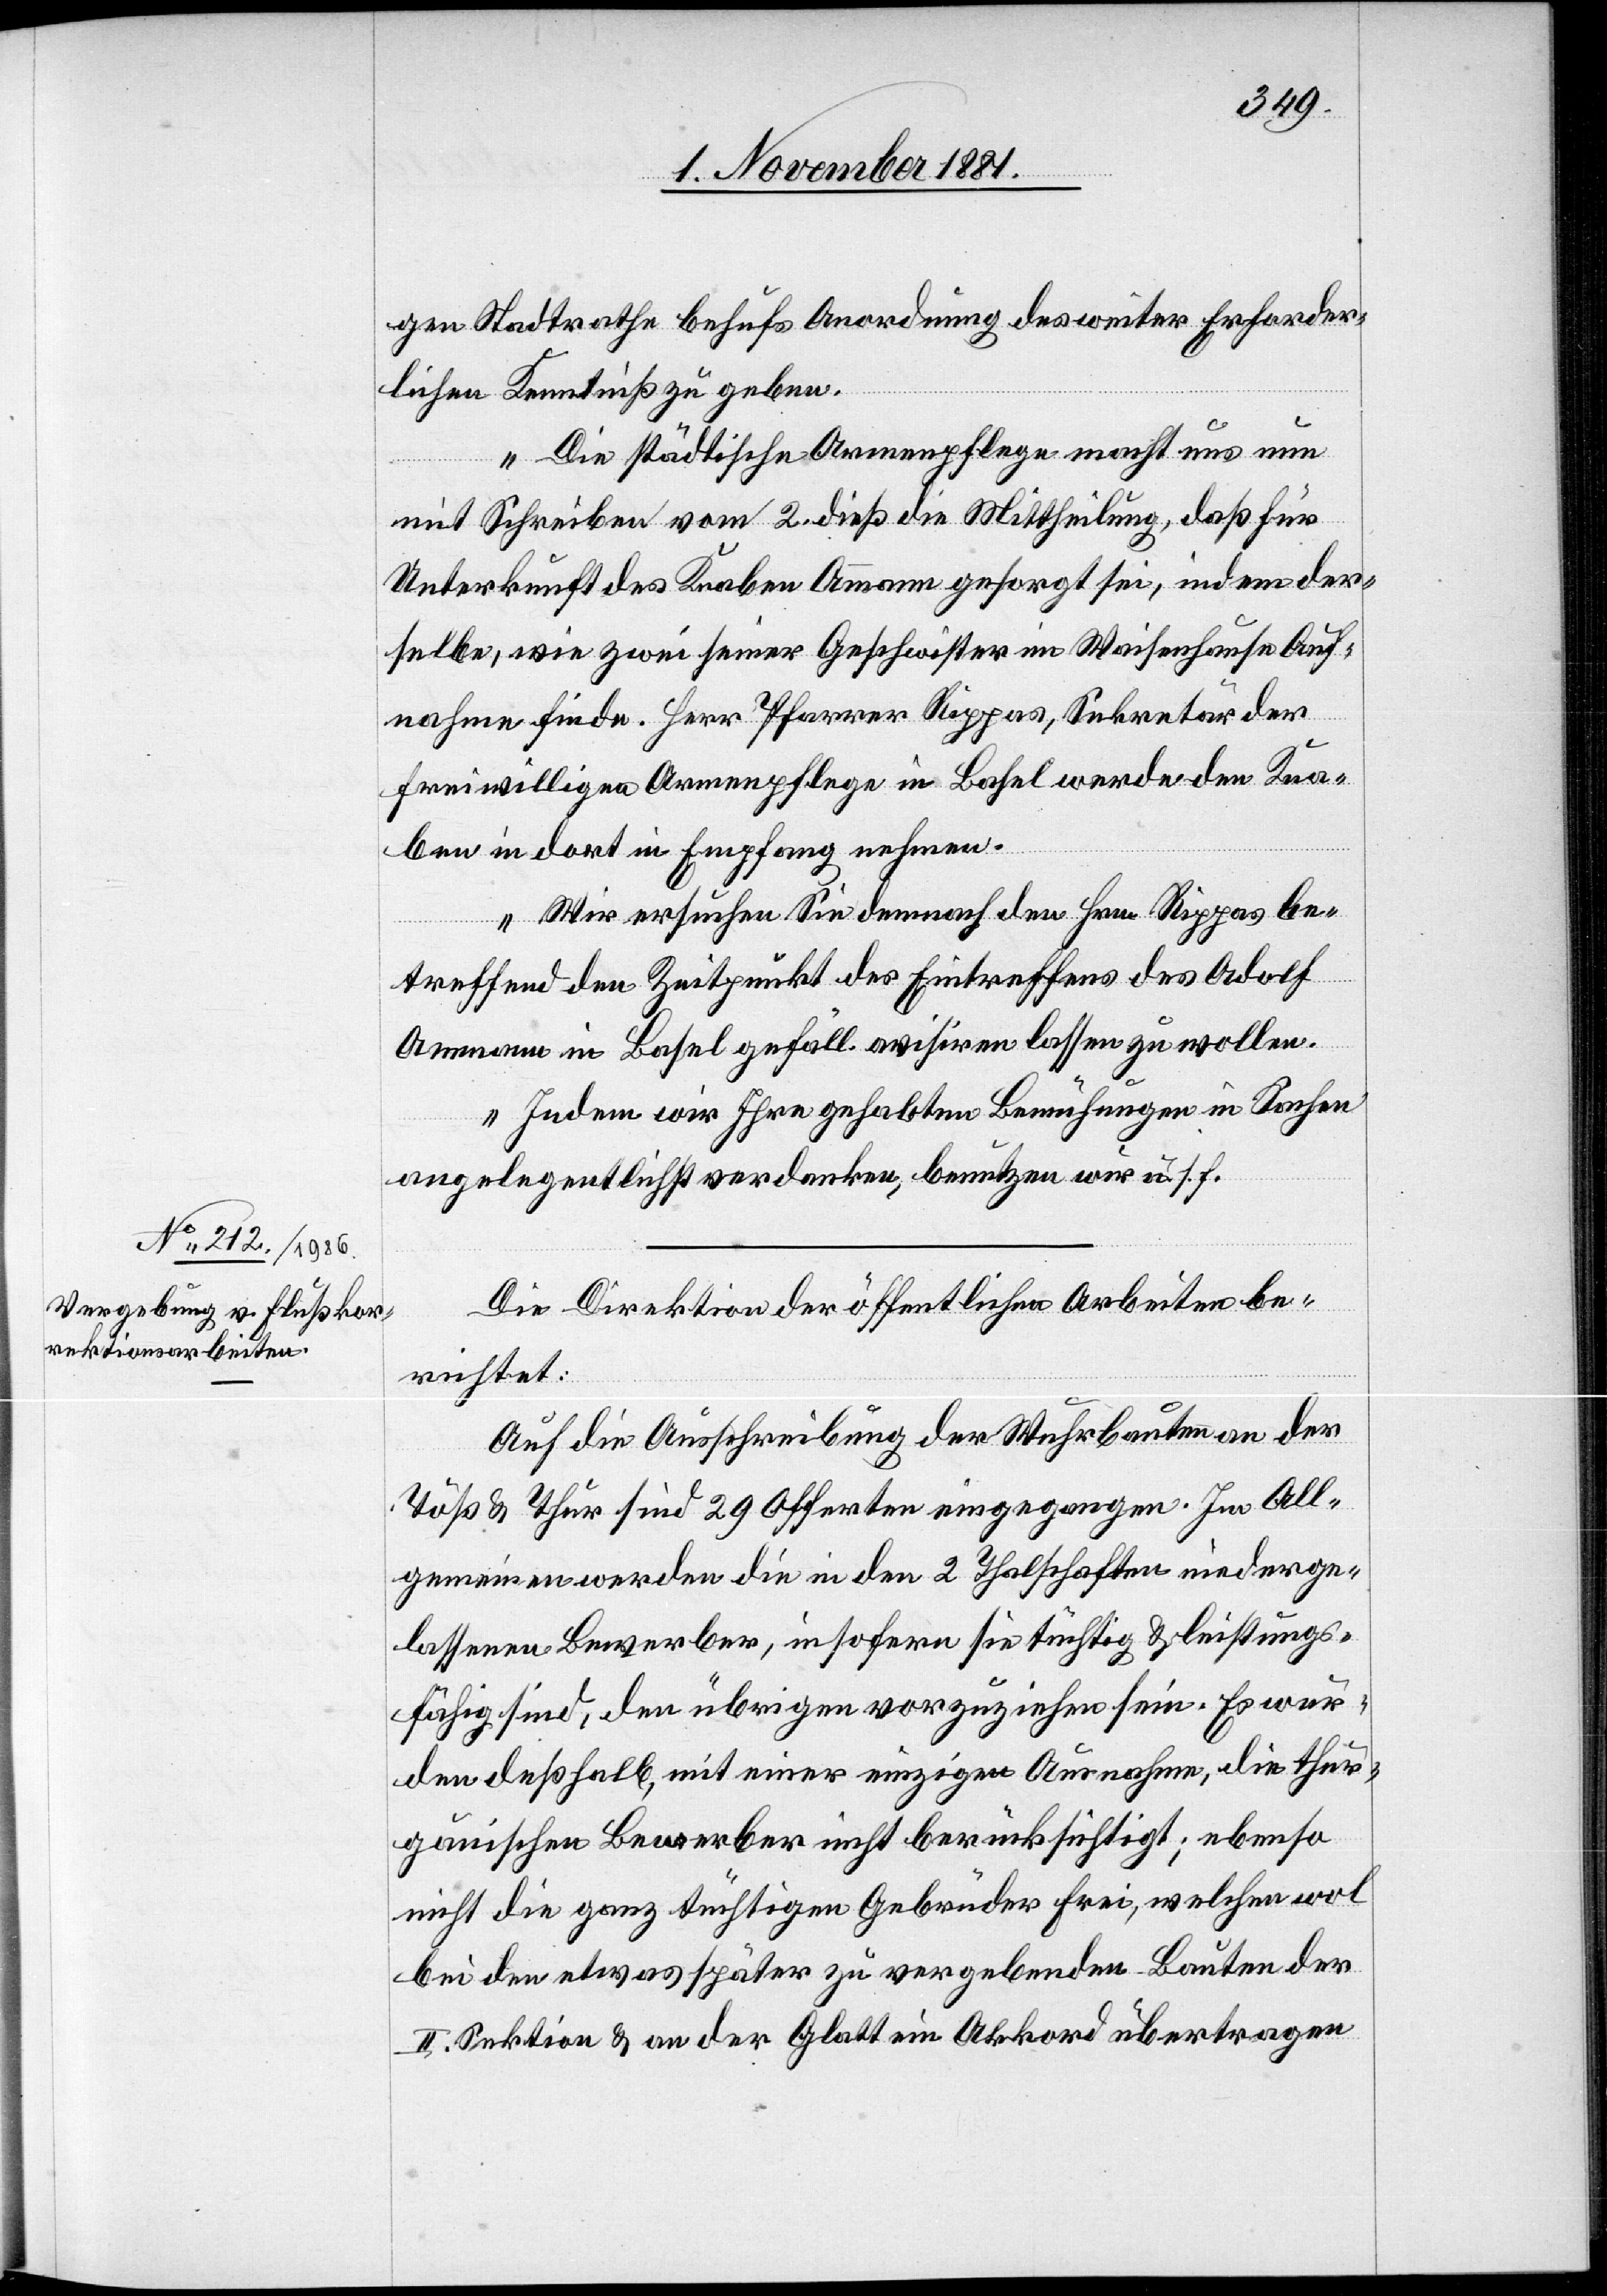
4. November 1881.]
gen Stadtrathe behufs Anordnung des weiter Erforder¬
lichen Kenntniß geben.
Die städtische Armenpflege macht uns nun
mit Schreiben vom 2. dieß die Mittheilung, daß für
Unterkunft des Knaben Ammann gesorgt sei, indem der¬
selbe, wie zwei seiner Geschwister im Waisenhause Auf¬
nahme finde. Herr Pfarrer Rippas, Sekretär der
freiwilligen Armenpflege in Basel werde den Kna¬
ben in dort in Empfang nehmen.
Wir ersuchen Sie demnach den Hrn. Rippas be¬
treffend den Zeitpunkt des Eintreffens des Adolf
Ammann in Basel gefäll. avisiren lassen zu wollen.
Indem wir Ihre gehabten Bemühungen in Sachen
angelegentlichst verdanken, benutzen wir u. s. f.“
Die Direktion der öffentlichen Arbeiten be¬
richtet:
Auf die Ausschreibung der Wuhrbauten an der
Töß & Thur sind 29 Offerten eingegangen. Im All¬
gemeinen werden die in den 2 Thalschaften niederge¬
lassenen Bewerber, insofern sie tüchtig & leistungs¬
fähig sind, den übrigen vorzuziehen sein. Es wür¬
den deßhalb, mit einer einzigen Ausnahme, die thur¬
gauischen Bewerber nicht berücksichtigt; ebenso
nicht die ganz tüchtigen Gebrüder Frei, welchen wol
bei den etwas später zu vergebenden Bauten der
II. Sektion & an der Glatt ein Akkord übertragen